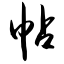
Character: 帖